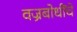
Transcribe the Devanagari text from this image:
वज्रबोधींचे